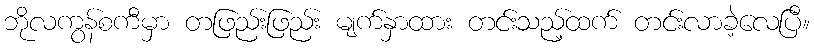
ဘိုလကွန်စကီမှာ တဖြည်းဖြည်း မျက်နှာထား တင်းသည့်ထက် တင်းလာခဲ့လေပြီ။